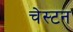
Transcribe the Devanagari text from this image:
चेस्टन